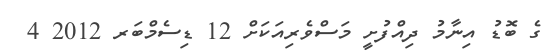
ގެ ބޮޑު އިނާމު ދިއްފުށީ މަސްވެރިއަކަށް 12 ޑިސެމްބަރ 2012 4